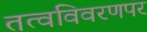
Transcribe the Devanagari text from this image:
तत्वविवरणपर